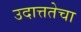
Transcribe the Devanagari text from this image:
उदात्ततेचा